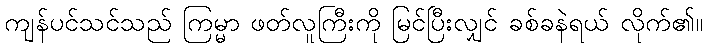
ကျန်ပင်သင်သည် ကြမ္မာ ဖတ်လူကြီးကို မြင်ပြီးလျှင် ခစ်ခနဲရယ် လိုက်၏။